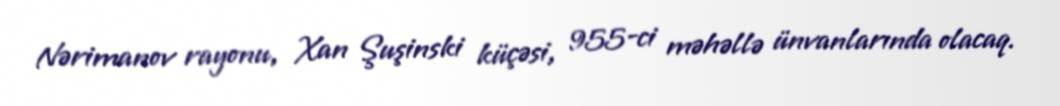
Nərimanov rayonu, Xan Şuşinski küçəsi, 955-ci məhəllə ünvanlarında olacaq.